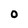
Character: 0